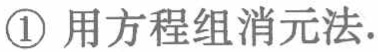
\textcircled{1} 用方程组消元法.